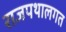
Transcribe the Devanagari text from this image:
राजपथालगत